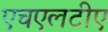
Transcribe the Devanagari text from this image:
एचएलटीए